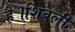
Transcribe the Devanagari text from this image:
है।शिवली